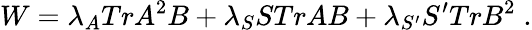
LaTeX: W=\lambda_{A}TrA^{2}B+\lambda_{S}STrAB+\lambda_{S^{\prime}}S^{\prime}TrB^{2}\; .